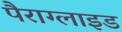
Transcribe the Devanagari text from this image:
पैराग्लाइड